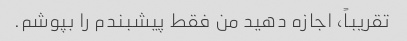
تقریباً، اجازه دهید من فقط پیشبندم را بپوشم.